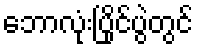
ဘောလုံးပြိုင်ပွဲတွင်